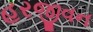
હરજીવન